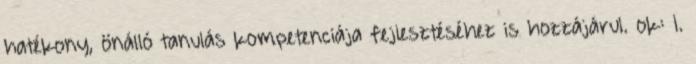
hatékony, önálló tanulás kompetenciája fejlesztéséhez is hozzájárul. ok: 1.